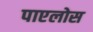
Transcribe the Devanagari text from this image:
पाएलोस